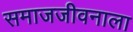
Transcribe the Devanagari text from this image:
समाजजीवनाला